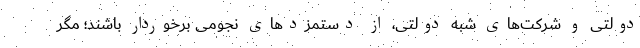
دولتی و شرکت‌های شبه دولتی، از دستمزدهای نجومی برخوردار باشند؛ مگر